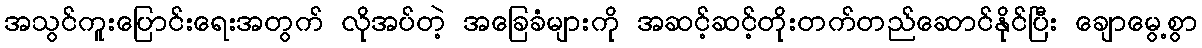
အသွင်ကူးပြောင်းရေးအတွက် လိုအပ်တဲ့ အခြေခံများကို အဆင့်ဆင့်တိုးတက်တည်ဆောင်နိုင်ပြီး ချောမွေ့စွာ